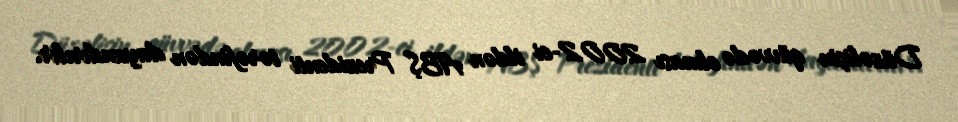
Düzəlişin qüvvədə olması 2002-ci ildən ABŞ Prezidenti tərəfindən dayandırılır.